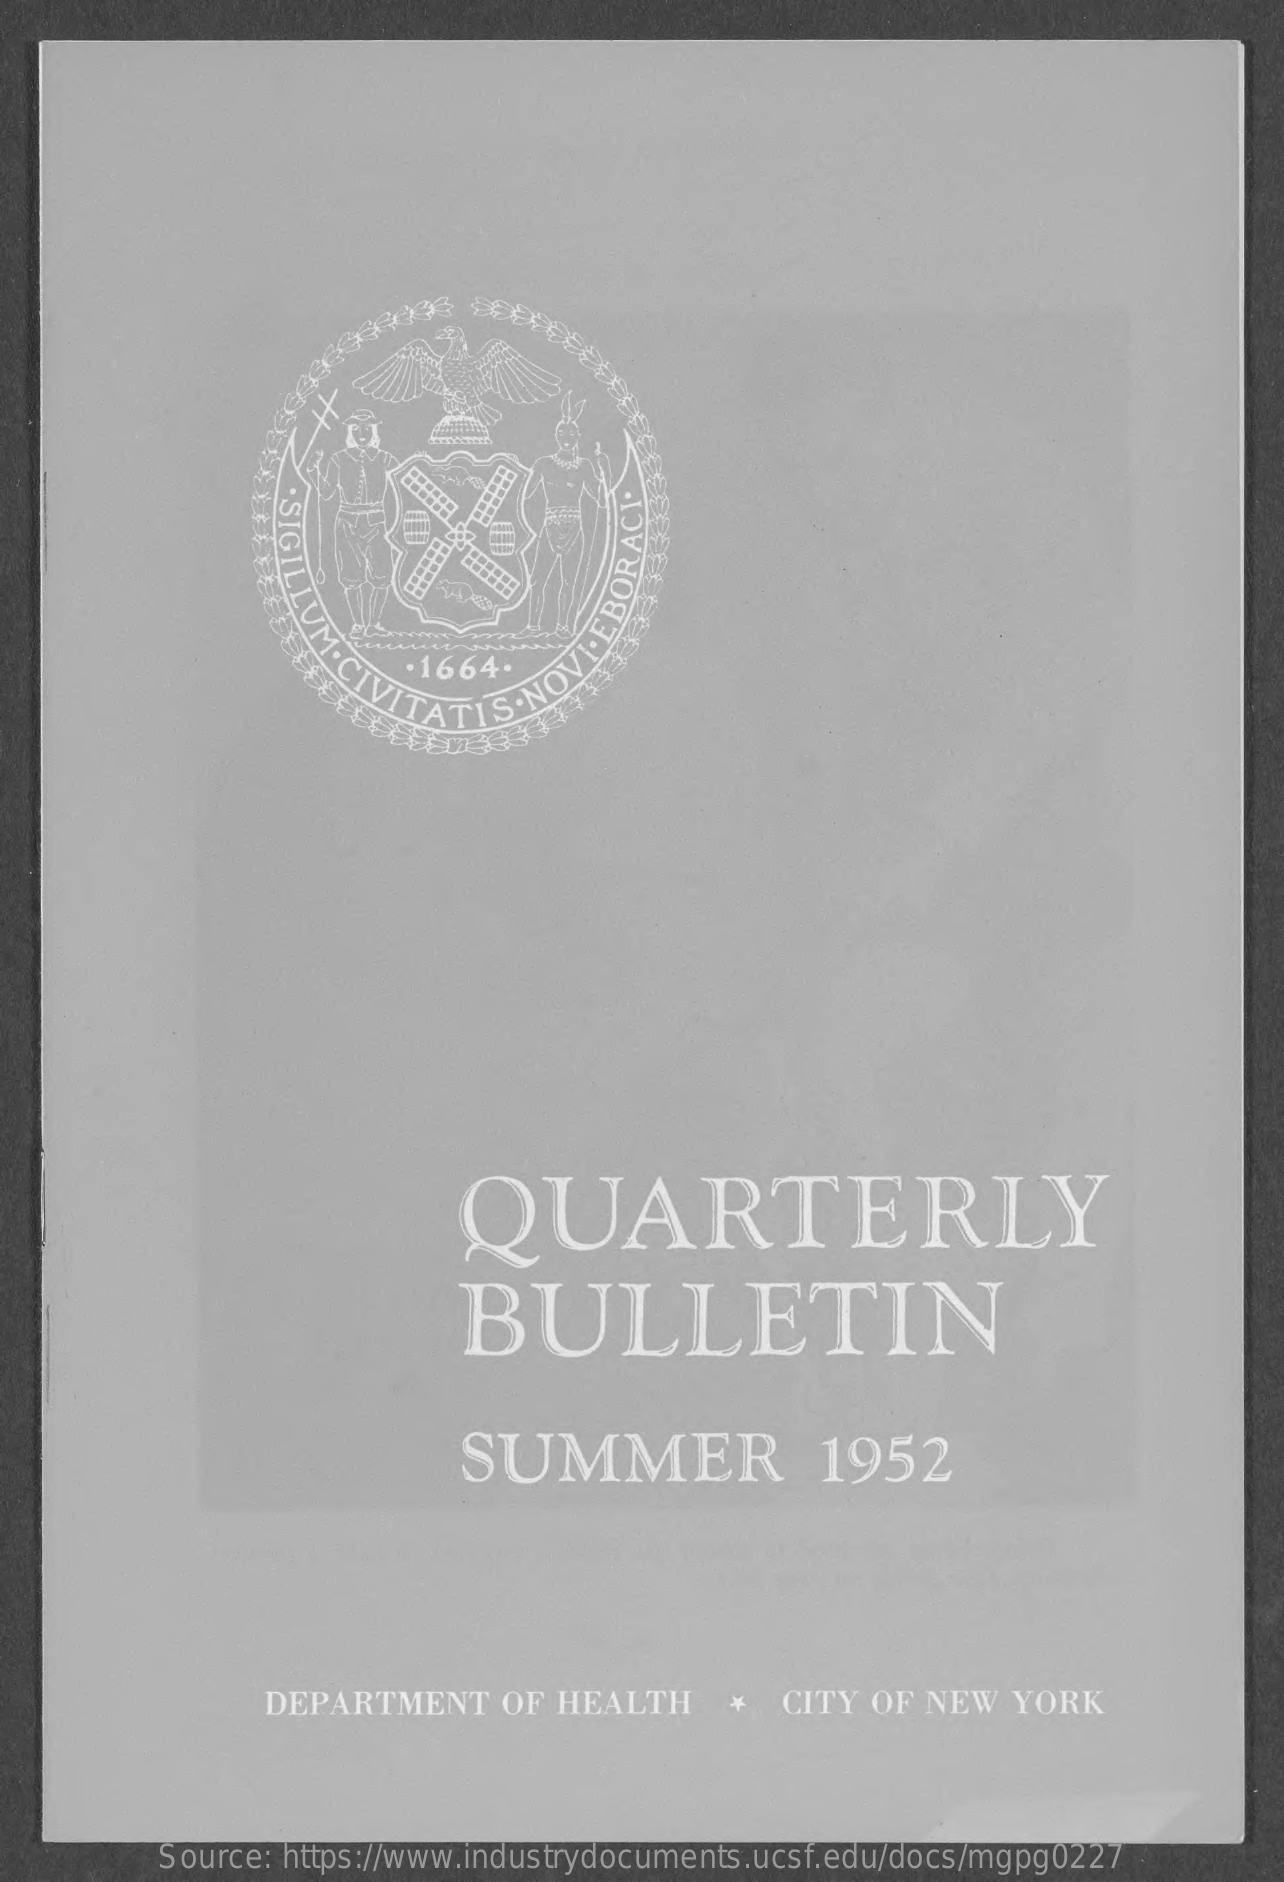
·SIGI!
     ...... ......
     TIM
     BOR
     1664.
     TATI
     QUARTERLY
     BULLETIN
     SUMMER    1952
     DEPARTMENT    OF HEALTH    *  CITY OF  NEW  YORK
     Source: https://www.industrydocuments.ucsf.edu/docs/mgpg0227